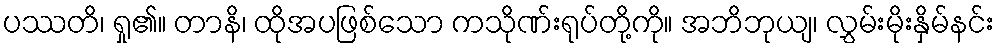
ပဿတိ၊ ရှု၏။ တာနိ၊ ထိုအပဖြစ်သော ကသိုဏ်းရုပ်တို့ကို။ အဘိဘုယျ၊ လွှမ်းမိုးနှိမ်နင်း